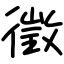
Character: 徵